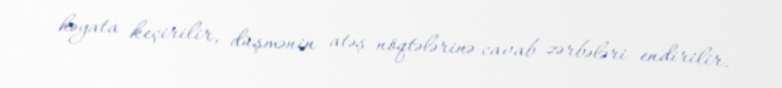
həyata keçirilir, düşmənin atəş nöqtələrinə cavab zərbələri endirilir.